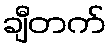
ချီတက်